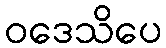
ဝဒေသိပေ